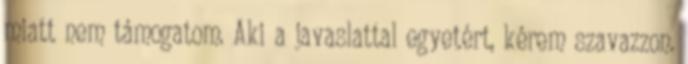
miatt nem támogatom. Aki a javaslattal egyetért, kérem szavazzon.